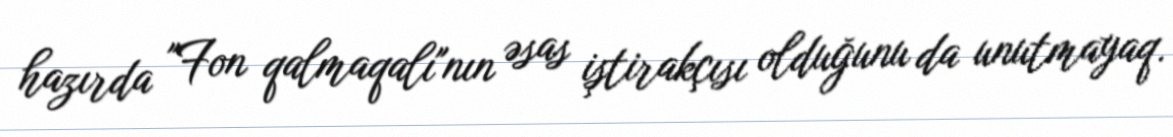
hazırda "Fon qalmaqalı"nın əsas iştirakçısı olduğunu da unutmayaq.